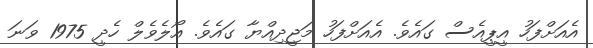
އެއަށްފަހު އީޕީއެސް ގައެވެ. އެއަށްފަހު މަޖީދިއްޔާ ގައެވެ. އޯލެވެލް ހެދީ 1975 ވަނަ